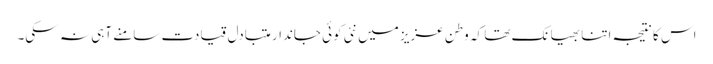
اس کا نتیجہ اتنا بھیانک تھا کہ وطن عزیز میں نئی کوئی جاندار متبادل قیادت سامنے آہی نہ سکی۔